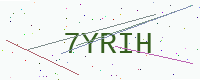
Text: 7YRIH